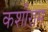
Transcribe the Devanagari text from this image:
कशीराम